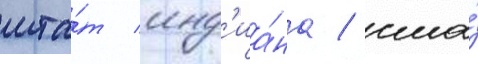
шта́т инд'иа́на / сша́